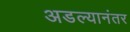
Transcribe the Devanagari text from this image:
अडल्यानंतर